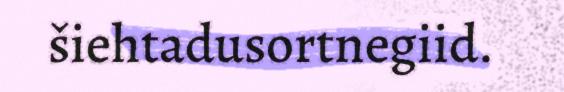
šiehtadusortnegiid.